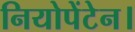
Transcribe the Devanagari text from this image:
नियोपेंटेन।